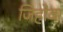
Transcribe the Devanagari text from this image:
जिहोवा